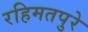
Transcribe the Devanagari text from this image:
रहिमतपुरे